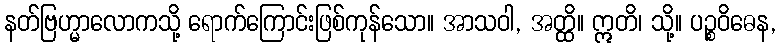
နတ်ဗြဟ္မာလောကသို့ ရောက်ကြောင်းဖြစ်ကုန်သော။ အာသဝါ, အတ္ထိ။ ဣတိ၊ သို့။ ပဉ္စဝိဓေန,